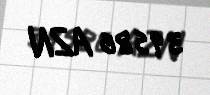
39586 AZN